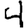
Digit: 4